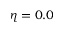
\eta = 0 . 0